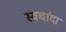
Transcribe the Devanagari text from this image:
स्वचांदा